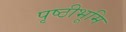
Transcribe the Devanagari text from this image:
पृष्ठीभूमि